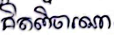
គិតពិចារណា